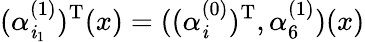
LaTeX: (\alpha_{\mathit{i}_{1}}^{(1)})^{\mathrm{{T}}}(x)=((\alpha_{\mathit{i}}^{(0)})^{\mathrm{{T}}},\alpha_{6}^{(1)})(x)